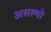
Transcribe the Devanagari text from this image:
असल्याे